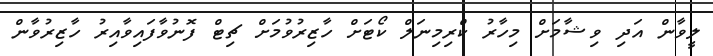
ލީވާން އަދި ވިޝާމަށް މިހާރު ކްރިމިނަލް ކޯޓަށް ހާޒިރުވުމަށް ޗިޓް ފޮނުވާފައިވާއިރު ހާޒިރުވާން